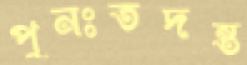
পুনঃতদন্ত